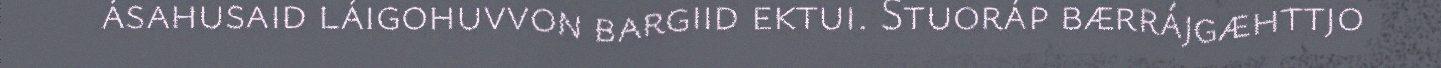
ásahusaid láigohuvvon bargiid ektui. Stuoráp bærrájgæhttjo